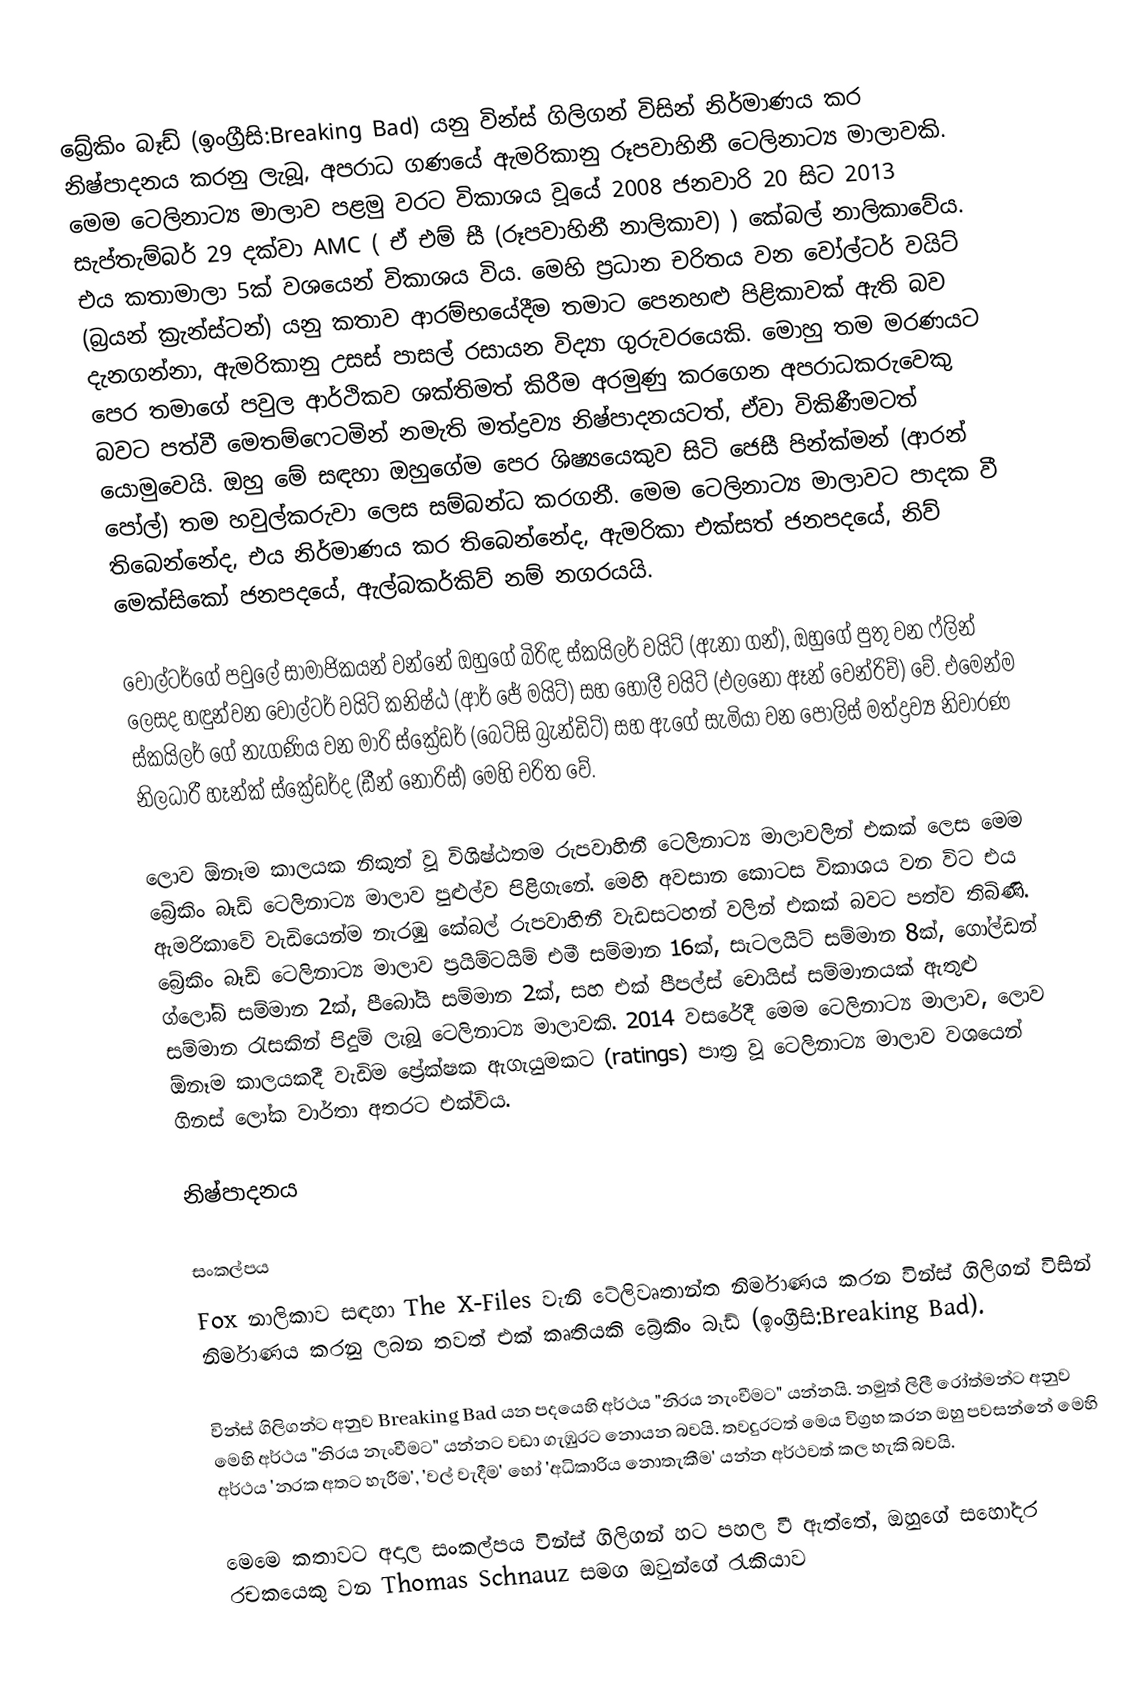
බ්‍රේකිං බෑඩ් (ඉංග්‍රීසි:Breaking Bad) යනු වින්ස් ගිලිගන් විසින් නිර්මාණය කර නිෂ්පාදනය කරනු ලැබූ, අපරාධ ගණයේ ඇමරිකානු රූපවාහිනී ටෙලිනාට්‍ය මාලාවකි. මෙම ටෙලිනාට්‍ය මාලාව පළමු වරට විකාශය වූයේ 2008 ජනවාරි 20 සිට 2013 සැප්තැම්බර් 29 දක්වා AMC ( ඒ එම් සී (රූපවාහිනී නාලිකාව) ) කේබල් නාලිකාවේය. එය කතාමාලා 5ක් වශයෙන් විකාශය විය. මෙහි ප්‍රධාන චරිතය වන වෝල්ටර් වයිට් (බ්‍රයන් ක්‍රැන්ස්ටන්) යනු කතාව ආරම්භයේදීම තමාට පෙනහළු පිළිකාවක් ඇති බව දැනගන්නා, ඇමරිකානු උසස් පාසල් රසායන විද්‍යා ගුරුවරයෙකි. මොහු තම මරණයට පෙර තමාගේ පවුල ආර්ථිකව ශක්තිමත් කිරීම අරමුණු කරගෙන අපරාධකරුවෙකු බවට පත්වී මෙතම්ෆෙටමින් නමැති මත්ද්‍රව්‍ය නිෂ්පාදනයටත්, ඒවා විකිණීමටත් යොමුවෙයි. ඔහු මේ සඳහා ඔහුගේම පෙර ශිෂ්‍යයෙකුව සිටි ජෙසී පින්ක්මන් (ආරන් පෝල්) තම හවුල්කරුවා ලෙස සම්බන්ධ කරගනී. මෙම ටෙලිනාට්‍ය මාලාවට පාදක වී තිබෙන්නේද, එය නිර්මාණය කර තිබෙන්නේද, ඇමරිකා එක්සත් ජනපදයේ, නිව් මෙක්සිකෝ ජනපදයේ, ඇල්බකර්කිව් නම් නගරයයි.

වෝල්ටර්ගේ පවුලේ සාමාජිකයන් වන්නේ ඔහුගේ බිරිඳ ස්කයිලර් වයිට් (ඇනා ගන්), ඔහුගේ පුතු වන ෆ්ලින් ලෙසද හඳුන්වන වෝල්ටර් වයිට් කනිෂ්ඨ (ආර් ජේ මයිට්) සහ හොලී වයිට් (එලනෝ ඈන් වෙන්රිච්) වේ. එමෙන්ම ස්කයිලර් ගේ නැගණිය වන මාරි ස්ක්‍රේඩර් (බෙට්සි බ්‍රැන්ඩිට්) සහ ඇගේ සැමියා වන පොලිස් මත්ද්‍රව්‍ය නිවාරණ නිලධාරී හෑන්ක් ස්ක්‍රේඩර්ද (ඩීන් නොරිස්) මෙහි චරිත වේ.

ලොව ඕනෑම කාලයක නිකුත් වූ විශිෂ්ඨතම රුපවාහිනී ටෙලිනාට්‍ය මාලාවලින් එකක් ලෙස මෙම බ්‍රේකිං බෑඩ් ටෙලිනාට්‍ය මාලාව පුළුල්ව පිළිගැනේ. මෙහි අවසාන කොටස විකාශය වන විට එය ඇමරිකාවේ වැඩියෙන්ම නැරඹු කේබල් රුපවාහිනී වැඩසටහන් වලින් එකක් බවට පත්ව තිබිණි. බ්‍රේකිං බෑඩ් ටෙලිනාට්‍ය මාලාව ප්‍රයිම්ටයිම් එමී සම්මාන 16ක්, සැටලයිට් සම්මාන 8ක්, ගෝල්ඩන් ග්ලෝබ් සම්මාන 2ක්, පීබෝයි සම්මාන 2ක්, සහ එක් පීපල්ස් චොයිස් සම්මානයක් ඇතුළු සම්මාන රැසකින් පිදුම් ලැබූ ටෙලිනාට්‍ය මාලාවකි. 2014 වසරේදී මෙම ටෙලිනාට්‍ය මාලාව, ලොව ඕනෑම කාලයකදී වැඩිම ප්‍රේක්ෂක ඇගැයුමකට (ratings) පාත්‍ර වූ ටෙලිනාට්‍ය මාලාව වශයෙන් ගිනස් ලෝක වාර්තා අතරට එක්විය.

නිෂ්පාදනය

සංකල්පය
Fox නාලිකාව සඳහා The X-Files වැනි ටේලිවෘතාන්ත නිර්මාණය කරන වින්ස් ගිලිගන් විසින් නිර්මාණය කරනු ලබන තවත් එක් කෘතියකි බ්‍රේකිං බෑඩ් (ඉංග්‍රීසි:Breaking Bad).

වින්ස් ගිලිගන්ට අනුව Breaking Bad යන පදයෙහි අර්ථය "නිරය නැංවීමට" යන්නයි. නමුත් ලිලී රෝත්මන්ට අනුව මෙහි අර්ථය "නිරය නැංවීමට" යන්නට වඩා ගැඹුරට නොයන බවයි. තවදුරටත් මෙය විග්‍රහ කරන ඔහු පවසන්නේ මෙහි අර්ථය 'නරක අතට හැරීම', 'වල් වැදීම' හෝ 'අධිකාරිය නොතැකීම' යන්න අර්ථවත් කල හැකි බවයි.

මෙමෙ කතාවට අදාල සංකල්පය වින්ස් ගිලිගන් හට පහල වී ඇත්තේ, ඔහුගේ සහෝදර රචකයෙකු වන Thomas Schnauz සමග ඔවුන්ගේ රැකියාව